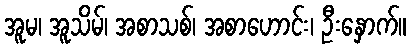
အူမ၊ အူသိမ်၊ အစာသစ်၊ အစာဟောင်း၊ ဦးနှောက်။